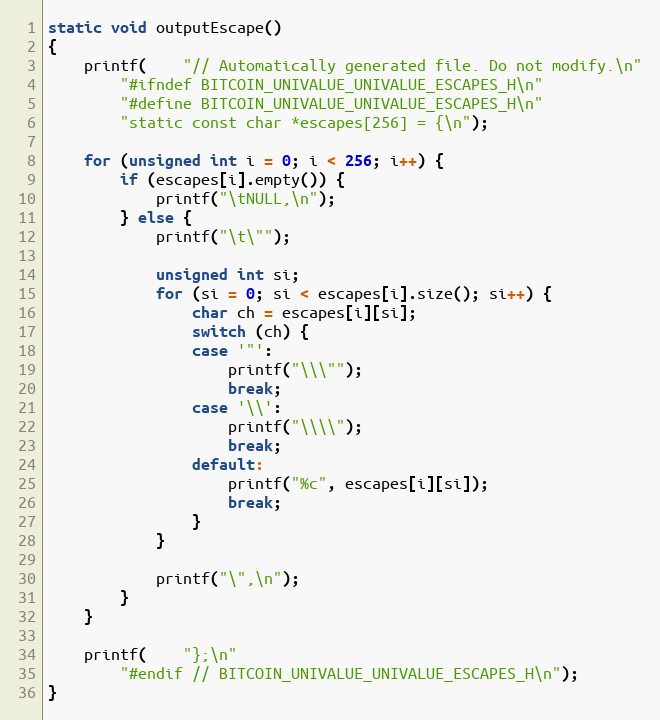
Language: C++
static void outputEscape()
{
	printf(	"// Automatically generated file. Do not modify.\n"
		"#ifndef BITCOIN_UNIVALUE_UNIVALUE_ESCAPES_H\n"
		"#define BITCOIN_UNIVALUE_UNIVALUE_ESCAPES_H\n"
		"static const char *escapes[256] = {\n");

	for (unsigned int i = 0; i < 256; i++) {
		if (escapes[i].empty()) {
			printf("\tNULL,\n");
		} else {
			printf("\t\"");

			unsigned int si;
			for (si = 0; si < escapes[i].size(); si++) {
				char ch = escapes[i][si];
				switch (ch) {
				case '"':
					printf("\\\"");
					break;
				case '\\':
					printf("\\\\");
					break;
				default:
					printf("%c", escapes[i][si]);
					break;
				}
			}

			printf("\",\n");
		}
	}

	printf(	"};\n"
		"#endif // BITCOIN_UNIVALUE_UNIVALUE_ESCAPES_H\n");
}